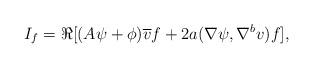
LaTeX: \begin{align*} I_{f}= \Re [(A\psi+\phi)\overline{v}f+2a(\nabla\psi,\nabla^bv)f], \end{align*}